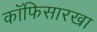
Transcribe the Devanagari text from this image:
कॉफिसारखा